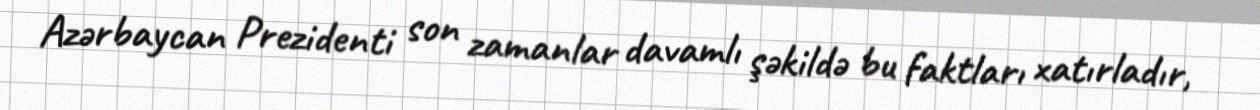
Azərbaycan Prezidenti son zamanlar davamlı şəkildə bu faktları xatırladır,